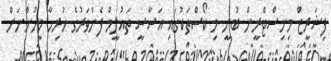
ފިޝަރީޒް މިނިސްޓްރީން ބުނީ މި ކޯސްތަކުގައި އަސާސީ ތައުލީމް ފެންވަރުގެ ހުރިހާ މީހުންނަށް